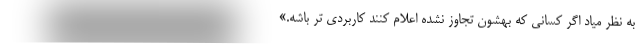
به نظر میاد اگر کسانی که بهشون تجاوز نشده اعلام کنند کاربردی تر باشه.»